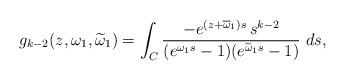
LaTeX: \begin{align*}g_{k-2}(z,\omega_1,\widetilde\omega_1) = \int_C\frac{-e^{(z+\overline\omega_1)s}\,s^{k-2}}{(e^{\omega_1 s}-1)(e^{\widetilde\omega_1 s}-1) } \ ds ,\end{align*}